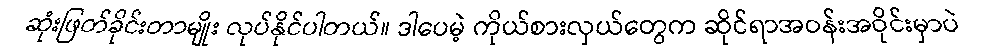
ဆုံးဖြတ်ခိုင်းတာမျိုး လုပ်နိုင်ပါတယ်။ ဒါပေမဲ့ ကိုယ်စားလှယ်တွေက ဆိုင်ရာအဝန်းအဝိုင်းမှာပဲ